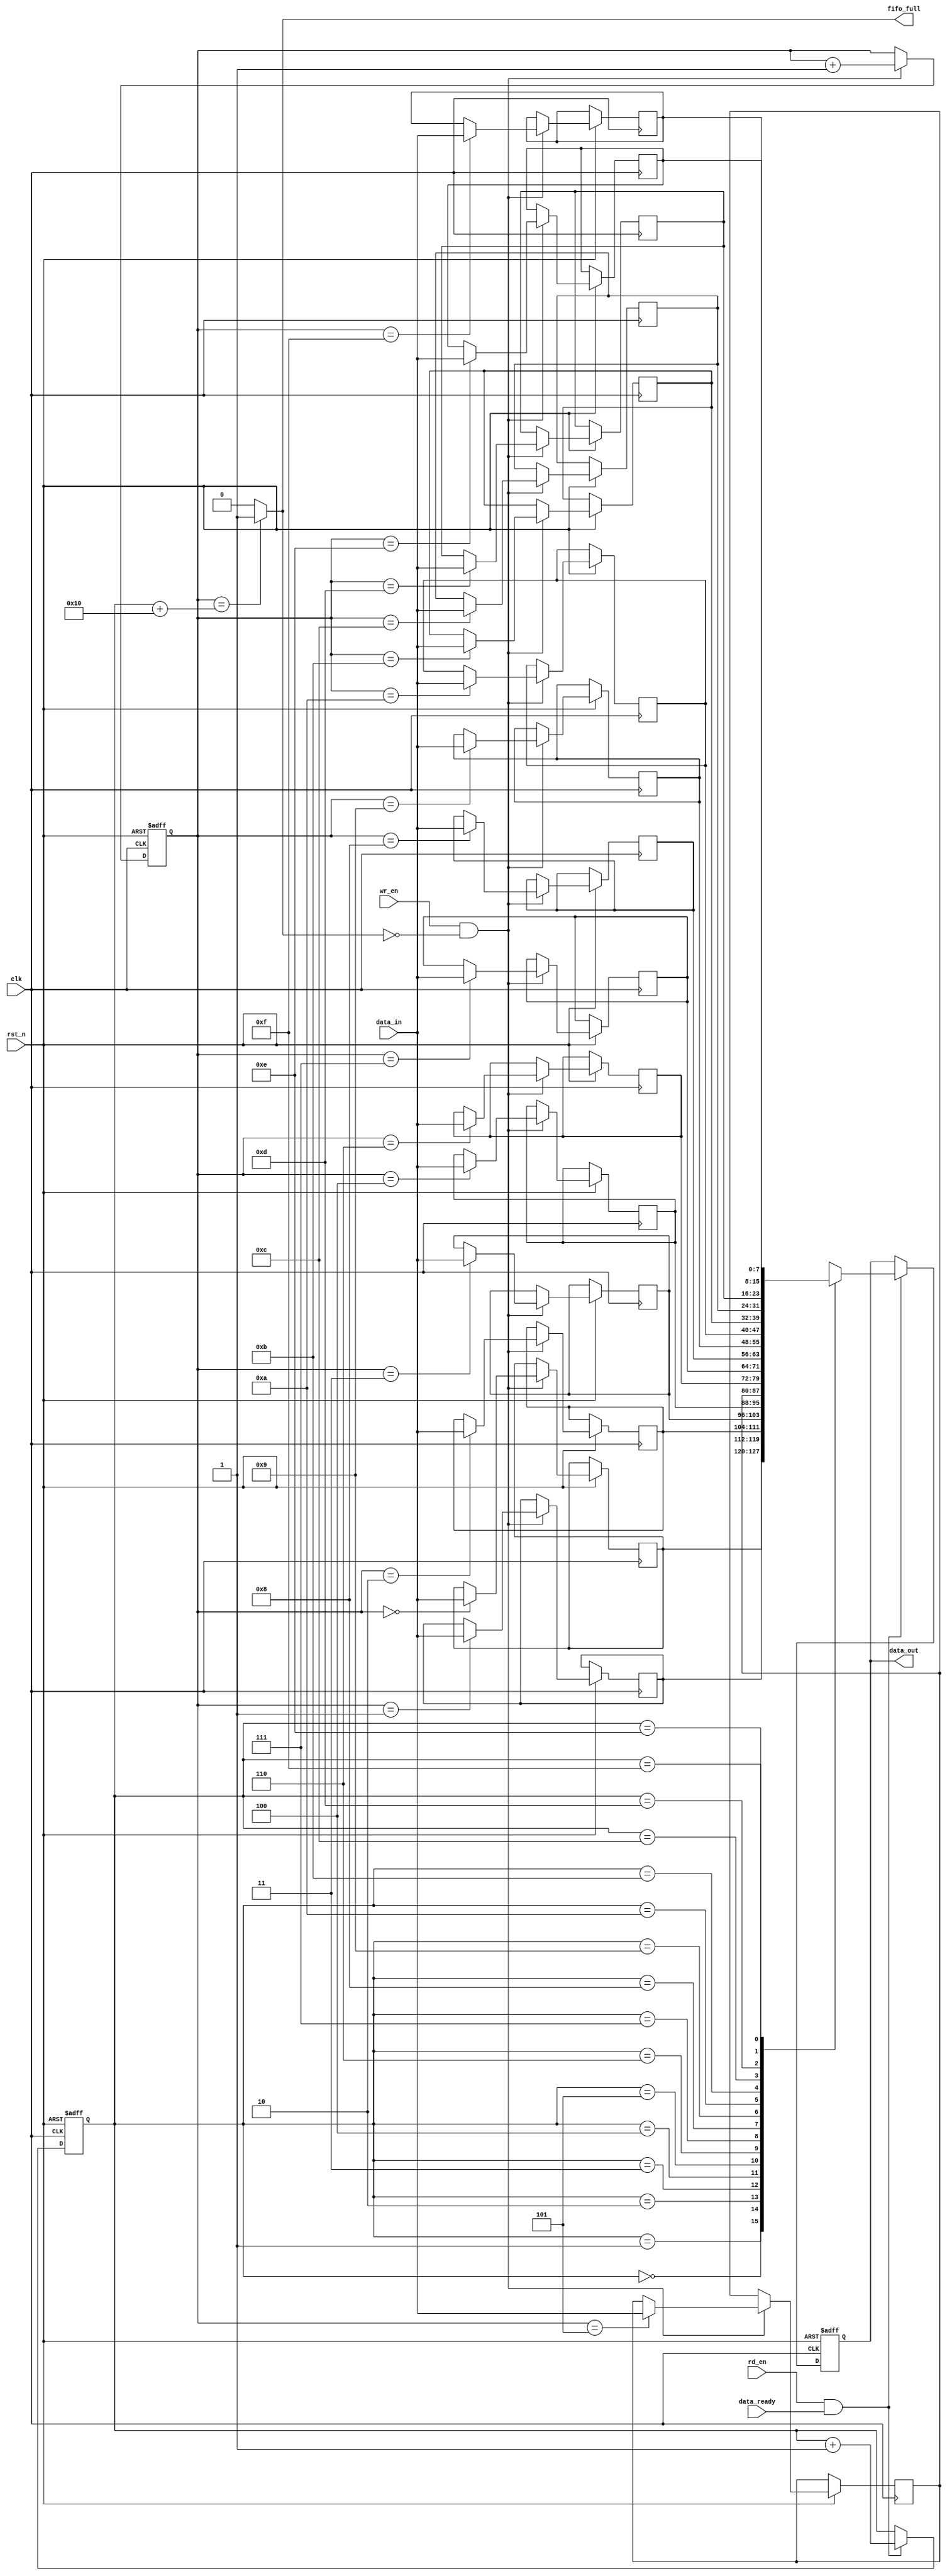
module non_blocking_fifo(
    input wire clk,
    input wire rst_n,
    input wire [DATA_WIDTH-1:0] data_in,
    input wire wr_en,
    output reg [DATA_WIDTH-1:0] data_out,
    input wire rd_en,
    input wire data_ready,
    output wire fifo_full
);

parameter FIFO_DEPTH = 16;
parameter DATA_WIDTH = 8;

reg [$clog2(FIFO_DEPTH)-1:0] wr_ptr, rd_ptr;
reg [DATA_WIDTH-1:0] fifo [0:FIFO_DEPTH-1];

always @(posedge clk or negedge rst_n) begin
    if (~rst_n) begin
        wr_ptr <= 0;
        rd_ptr <= 0;
        data_out <= 0;
    end else begin
        if (wr_en && !fifo_full) begin
            fifo[wr_ptr] <= data_in;
            wr_ptr <= wr_ptr + 1;
        end
        if (rd_en && data_ready) begin
            data_out <= fifo[rd_ptr];
            rd_ptr <= rd_ptr + 1;
        end
    end
end

assign fifo_full = (wr_ptr == (rd_ptr + FIFO_DEPTH)) ? 1'b1 : 1'b0;

endmodule